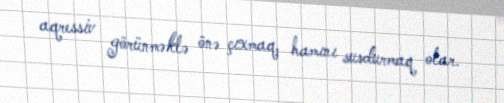
aqressiv görünməklə önə çıxmaq, hamını susdurmaq olar.